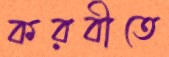
করবীতে